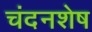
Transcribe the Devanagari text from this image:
चंदनशेष